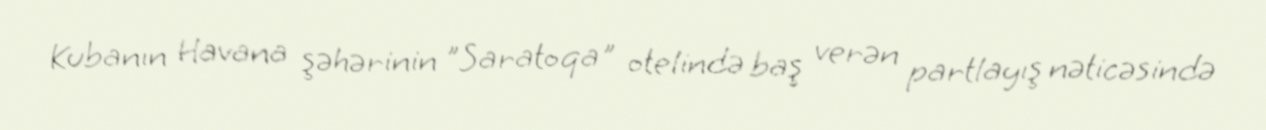
Kubanın Havana şəhərinin "Saratoqa" otelində baş verən partlayış nəticəsində